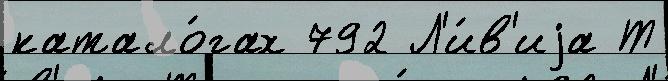
катало́гах 792 Л'и́в'иjа Т